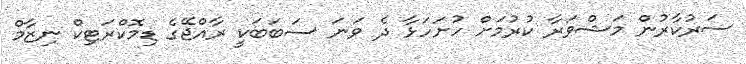
ސަރުކާރުން މަޝްވަރާ ކުރުމަށް ހުށަހަޅާ ދެ ވަނަ ސަބަބަކީ ރާއްޖޭގެ ޑިމޮކްރަޓިކް ނިޒާމް